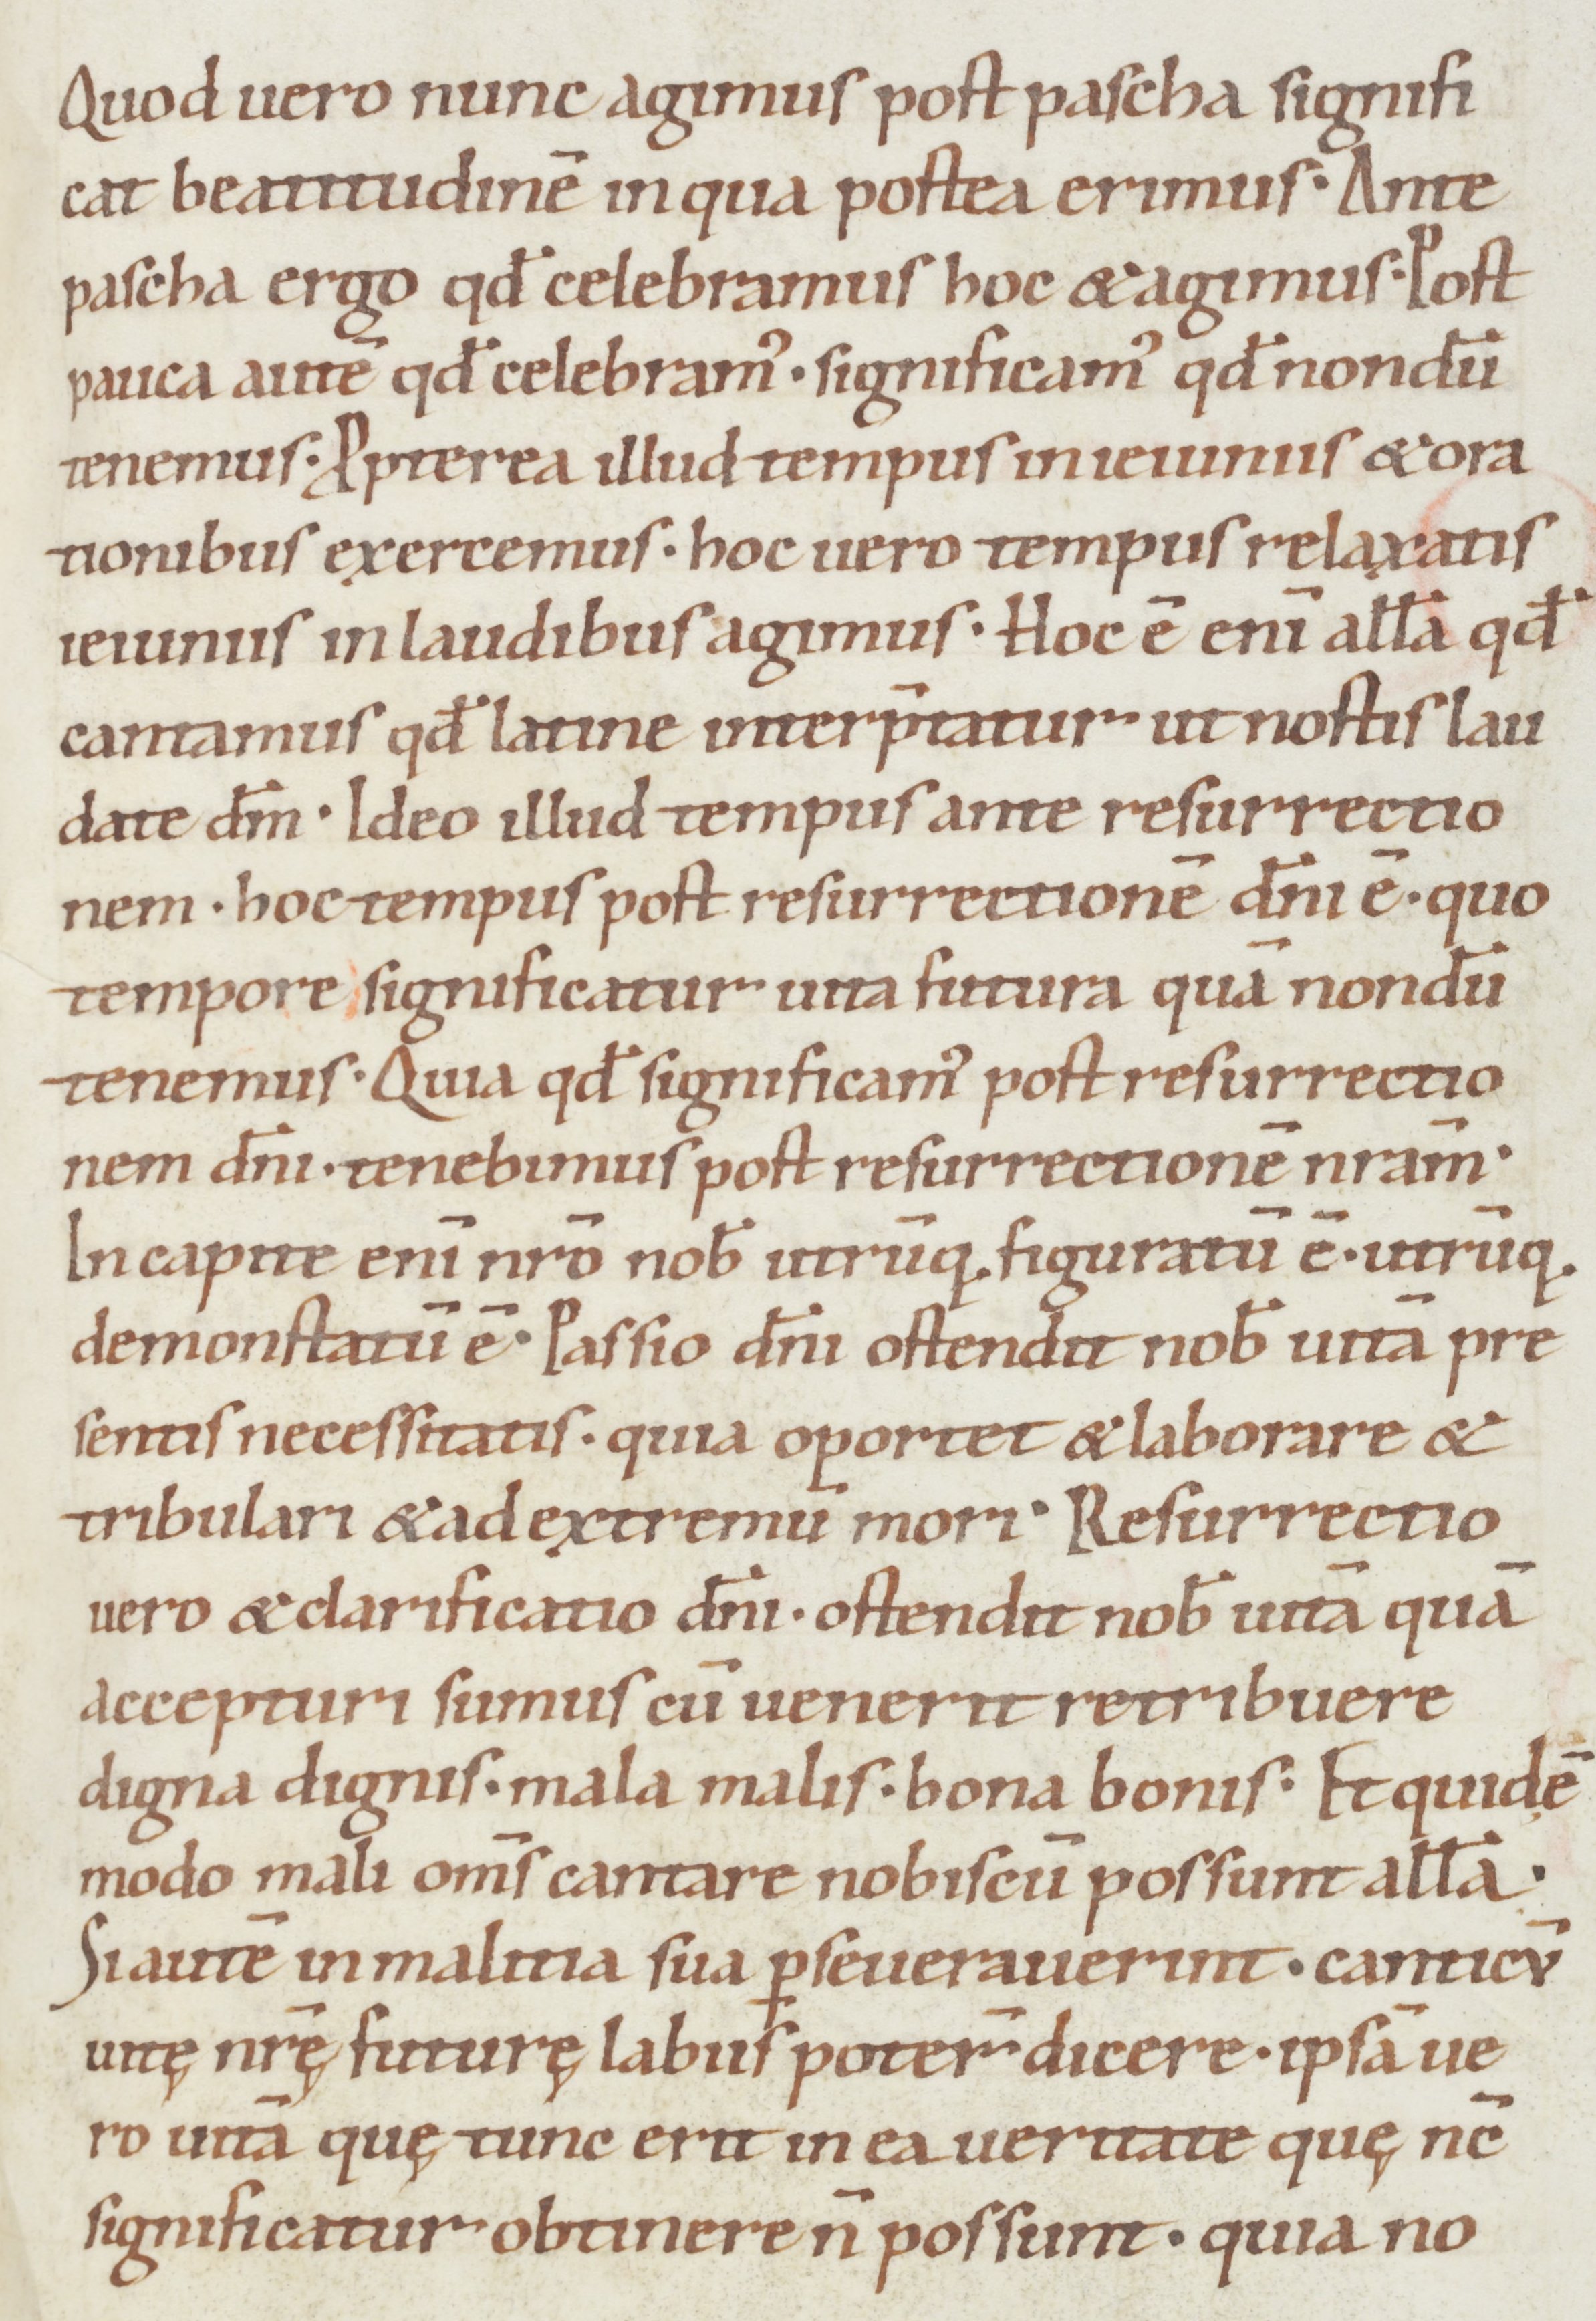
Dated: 1050–1099